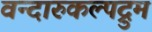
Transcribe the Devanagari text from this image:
वन्दारुकल्पद्रुम